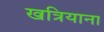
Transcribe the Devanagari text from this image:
खत्रियाना